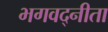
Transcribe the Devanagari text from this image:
भगवद्नीता